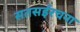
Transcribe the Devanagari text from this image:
सतसईरचना